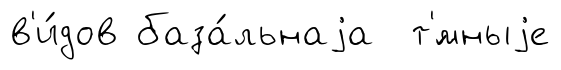
в'и́дов база́льнаjа т'́мныjе